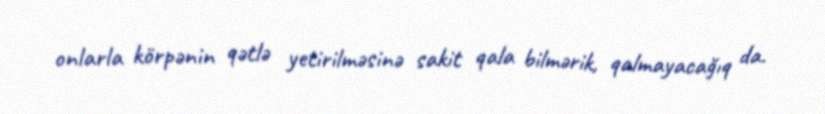
onlarla körpənin qətlə yetirilməsinə sakit qala bilmərik, qalmayacağıq da.